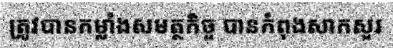
ត្រូវបានកម្លាំងសមត្ថកិច្ច បានកំពុងសាកសួរ